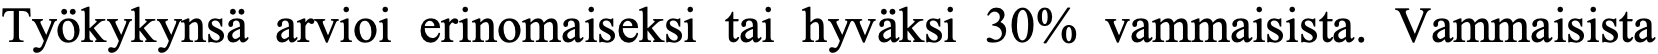
Työkykynsä arvioi erinomaiseksi tai hyväksi 30% vammaisista. Vammaisista